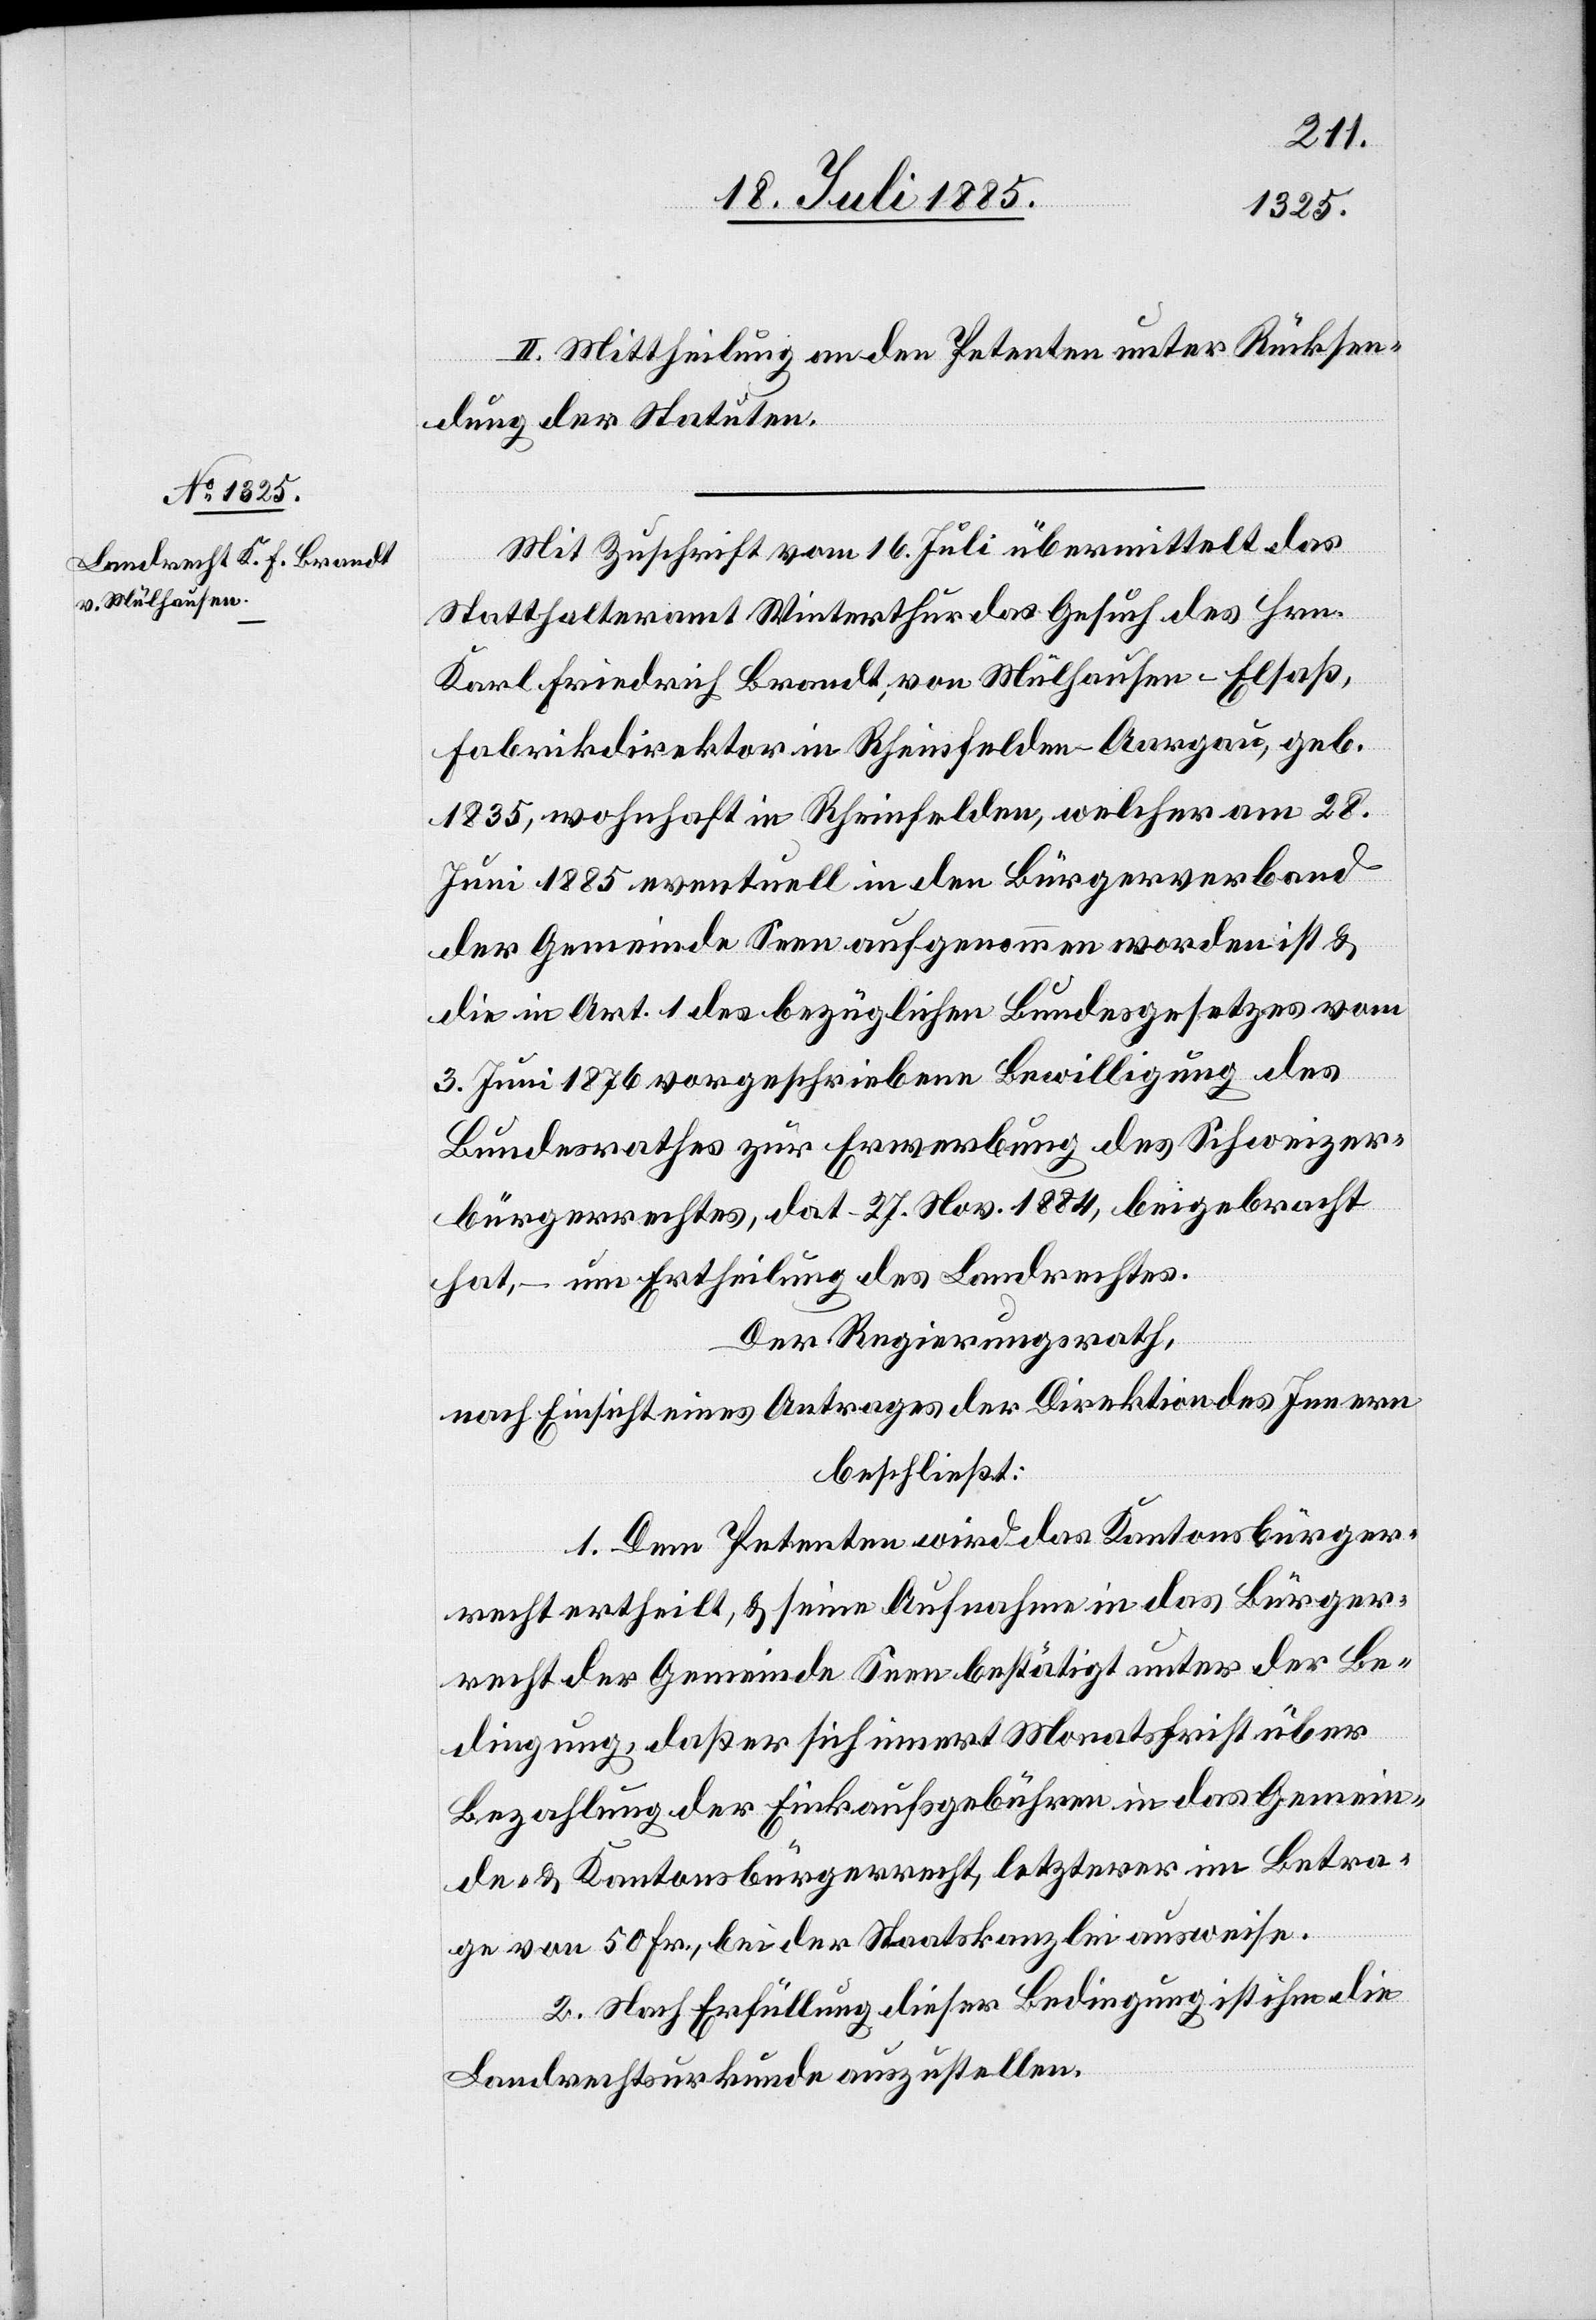
II. Mittheilung an den Petenten unter Rücksen¬
dung der Statuten.
Mit Zuschrift vom 16. Juli übermittelt das
Statthalteramt Winterthur das Gesuch des Hrn.
Karl Friedrich Brandt, von Mühlhausen - Elsaß,
Fabrikdirektor in Rheinfelden - Aargau, geb.
1835, wohnhaft in Rheinfelden, welcher am 28.
Juni 1885 eventuell in den Bürgerverband
der Gemeinde Seen aufgenommen worden ist &
die in Art. 1 des bezüglichen Bundesgesetzes vom
3. Juni 1876 vorgeschriebene Bewilligung des
Bundesrathes zur Erwerbung des Schweizer¬
bürgerrechtes, dat. 27. Nov. 1884, beigebracht
hat, – um Ertheilung des Landrechtes.
Der Regierungsrath,
nach Einsicht eines Antrages der Direktion des Innern
beschließt:
1. Dem Petenten wird das Kantonsbürger¬
recht ertheilt, & seine Aufnahme in das Bürger¬
recht der Gemeinde Seen bestätigt unter der Be¬
dingung, daß er sich innert Monatsfrist über
Bezahlung der Einkaufsgebühren in das Gemein¬
de- & Kantonsbürgerrecht, letzterer im Betra¬
g von 50 Fr., bei der Staatskanzlei ausweise.
2. Nach Erfüllung dieser Bedingung ist ihm die
Landrechtsurkunde auszustellen.